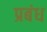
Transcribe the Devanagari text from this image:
प्रबंध